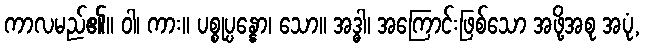
ကာလမည်၏။ ဝါ၊ ကား။ ပစ္စုပ္ပန္နော၊ သော။ အဒ္ဓါ၊ အကြောင်းဖြစ်သော အဖို့အစု အပုံ,